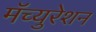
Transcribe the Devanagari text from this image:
मॅच्युरेशन